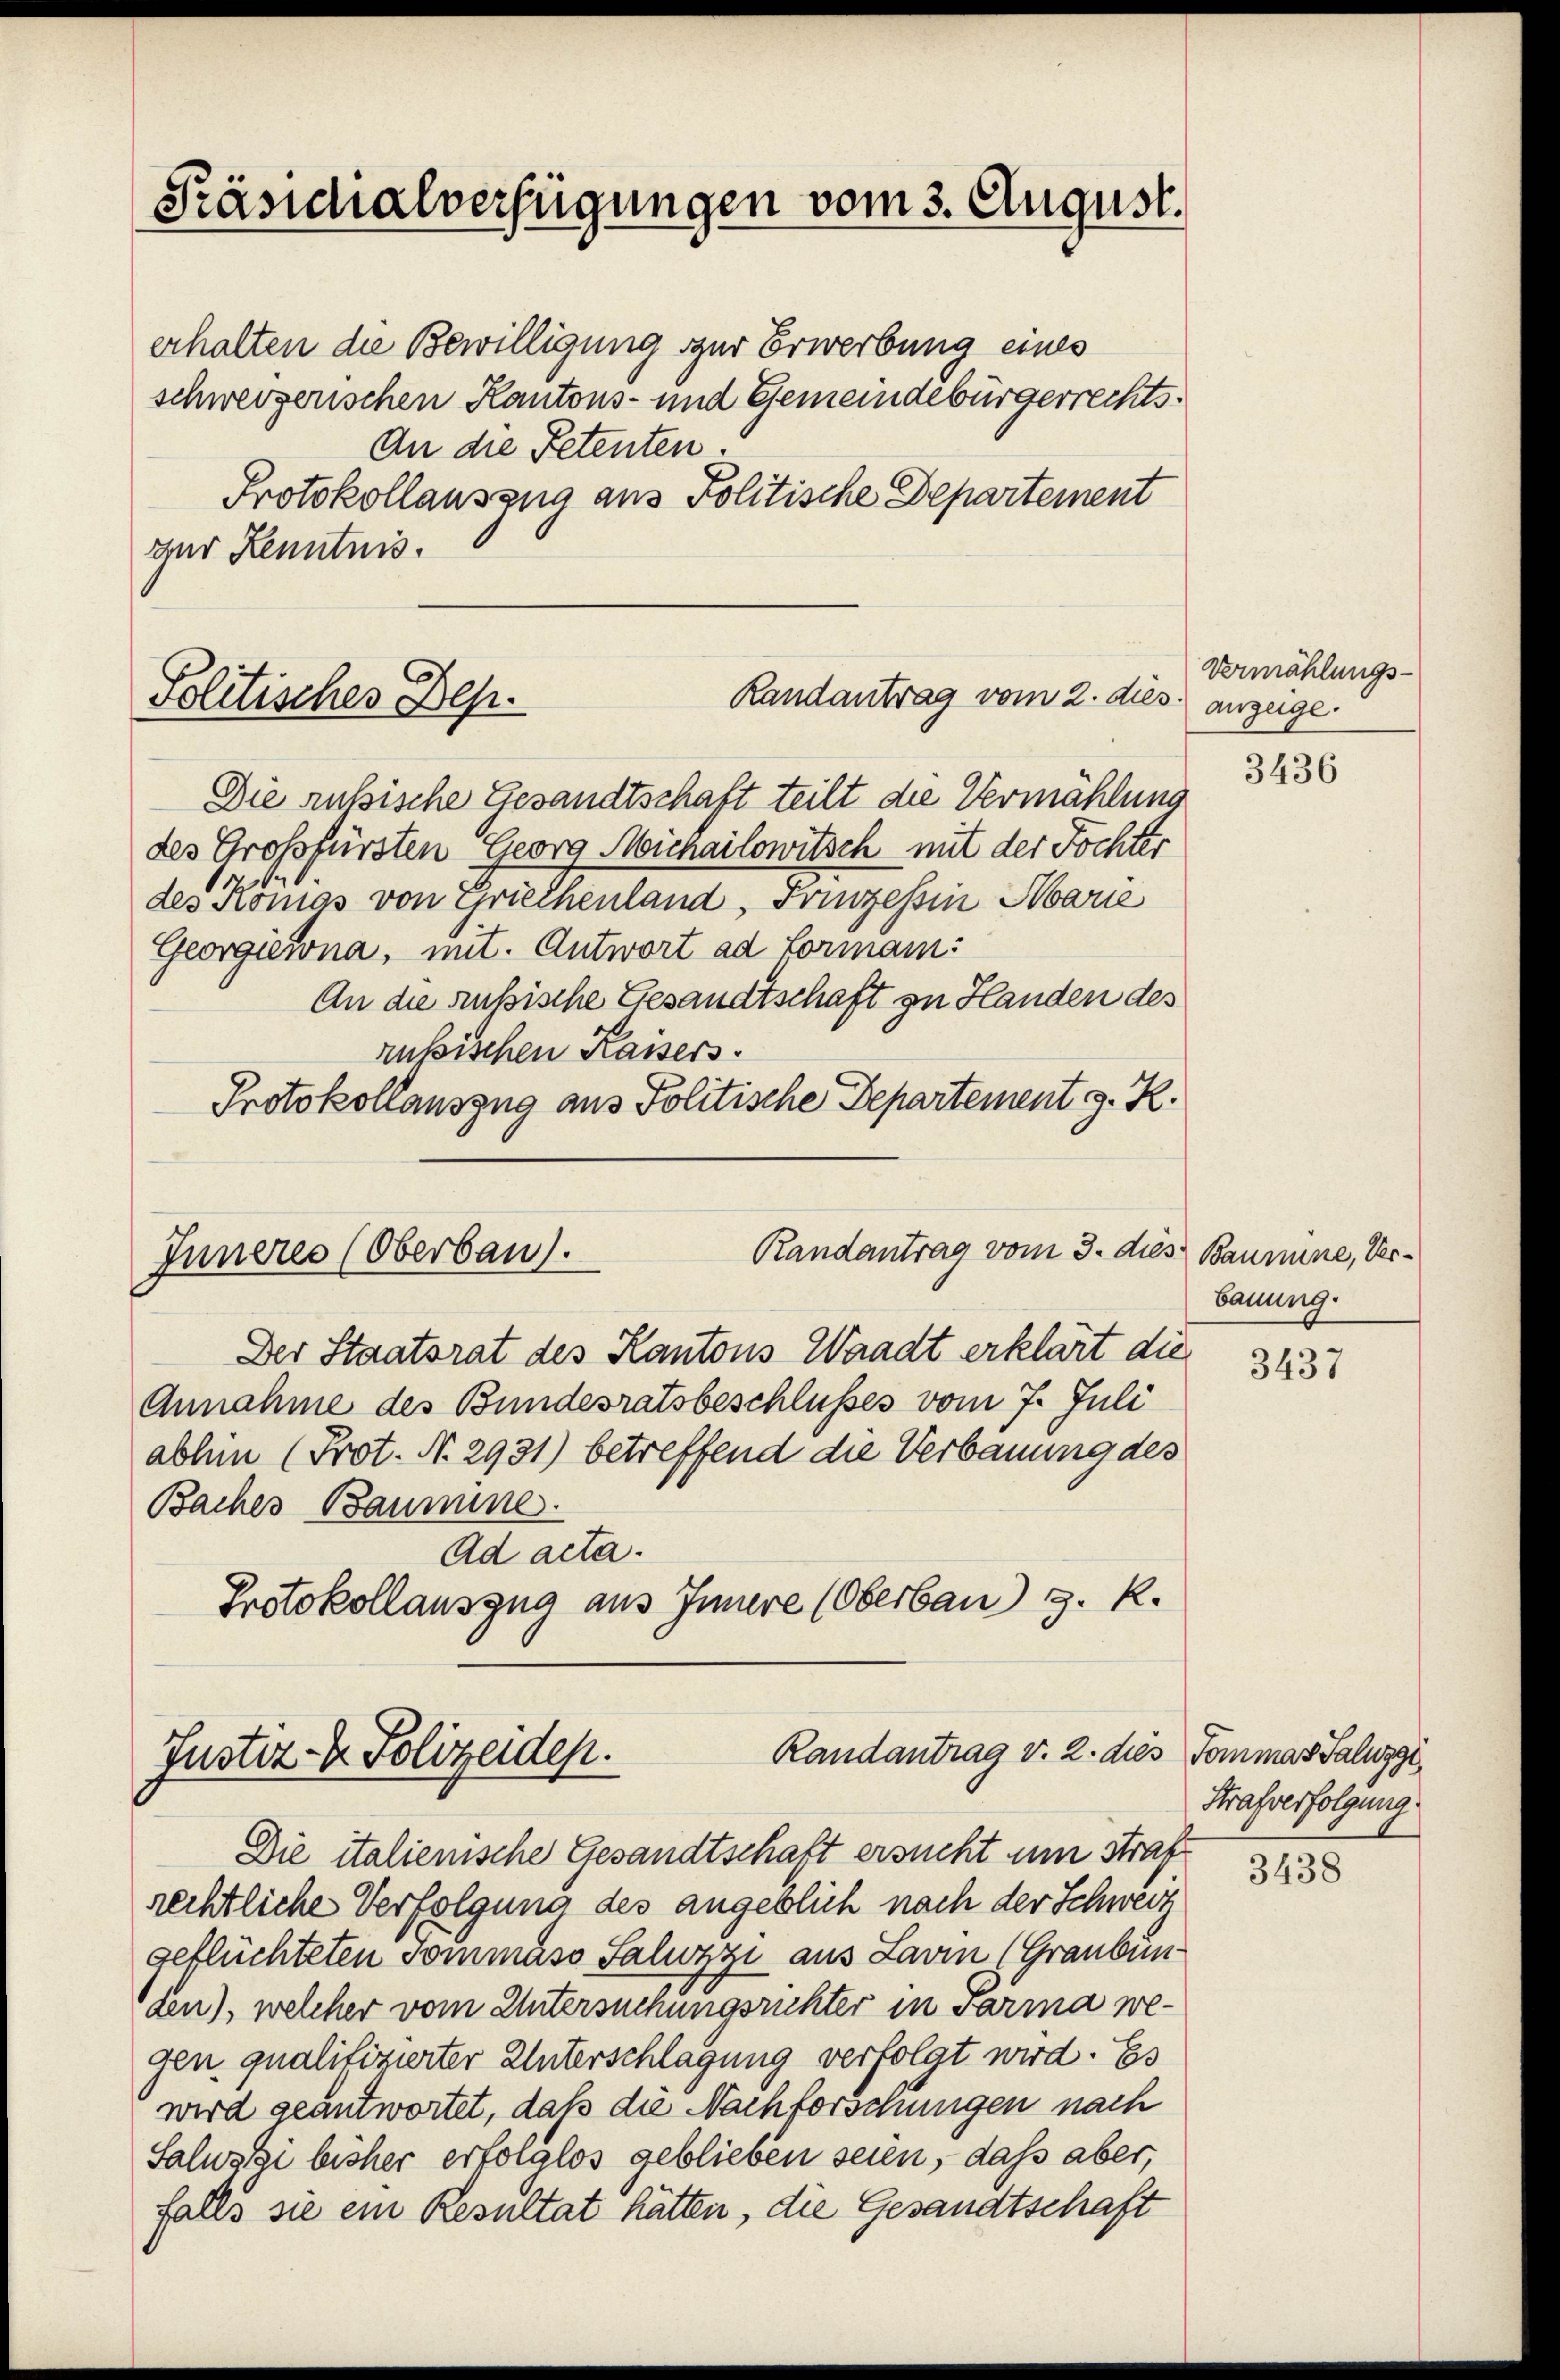
Präsidialverfügungen vom 3. August.

erhalten die Bewilligung zur Erwerbung eines
schweizerischen Kantons- und Gemeindebürgerrechts¬
An die Petenten.
Protokollauszug aus Politische Departement
zur Kenntnis.

Randantrag vom 2. dies
Politisches Dep

Die ruhische Gesandtschaft teilt die Vermählung
des Großfürsten Georg Michailowitsch mit der Tochter
des Romas von Griechenland, Prinzessin Marie
Georgierna, mit. Antwort ad Formann:
An die aussische Gesandtschaft zu Handen des
rubischen Kaisers.
Protokollauszug aus Politische Departement z. R.

Randantrag vom 3. dies Baumine, Ver¬
Inneres (Oberbau).

Randantrag v. 2. dies Tommas Salwygi
Justiz- & Polizeiden.

Der Staatsrat des Kantons Waadt erklärt die
Annahme des Bundesratsbeschlusses vom 7. Juli
ablen (Prot. N. 2931) betreffend die Verbauung des
Baches Baumine.
Ad acta.
Protokollauszug aus Innere (Oberbau 3. k.

Die italienische Gesandtschaft ersucht um Straf
rechtliche Verfolgung des angeblich nach der Schweiz
geflüchteten Sommäss Salozzi aus Lavin (Graubünden), welcher vom Untersuchungsrichter in Parma wegen qualifizierter Unterschlagung verfolgt wird. Es
wird geantwortet, daß die Nachforschungen nach
Saluggi bisher erfolglos geblieben seien, daß aber,
falls sie ein Resultat hätten, die Gesandtschaft

Vermählungs-
anzeige.

3436

bauung.

3437

Strafverfolgung.

3438